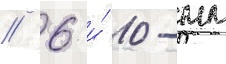
// 6 и́ 10-мм